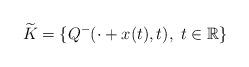
LaTeX: \begin{align*}\widetilde{K} = \{ Q^-(\cdot + x(t), t), \; t \in \mathbb{R} \}\end{align*}